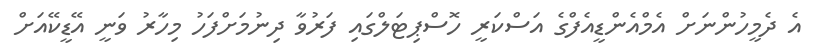
އެ ދެމީހުންނަށް އެމްއެންޑީއެފްގެ އަސްކަރީ ހޮސްޕިޓަލްގައި ފަރުވާ ދިނުމަށްފަހު މިހާރު ވަނީ އޭޑީކޭއަށް